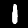
Digit: 1